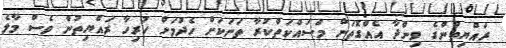
ރައްޔިތުންގެ ވިންދާ އެއްގޮތަށް މަސައްކަތްކުރާ ތަނަކަށް ހެދުމަށް ހުރިހާ ރައްޔިތުން ވެސް މާލެ